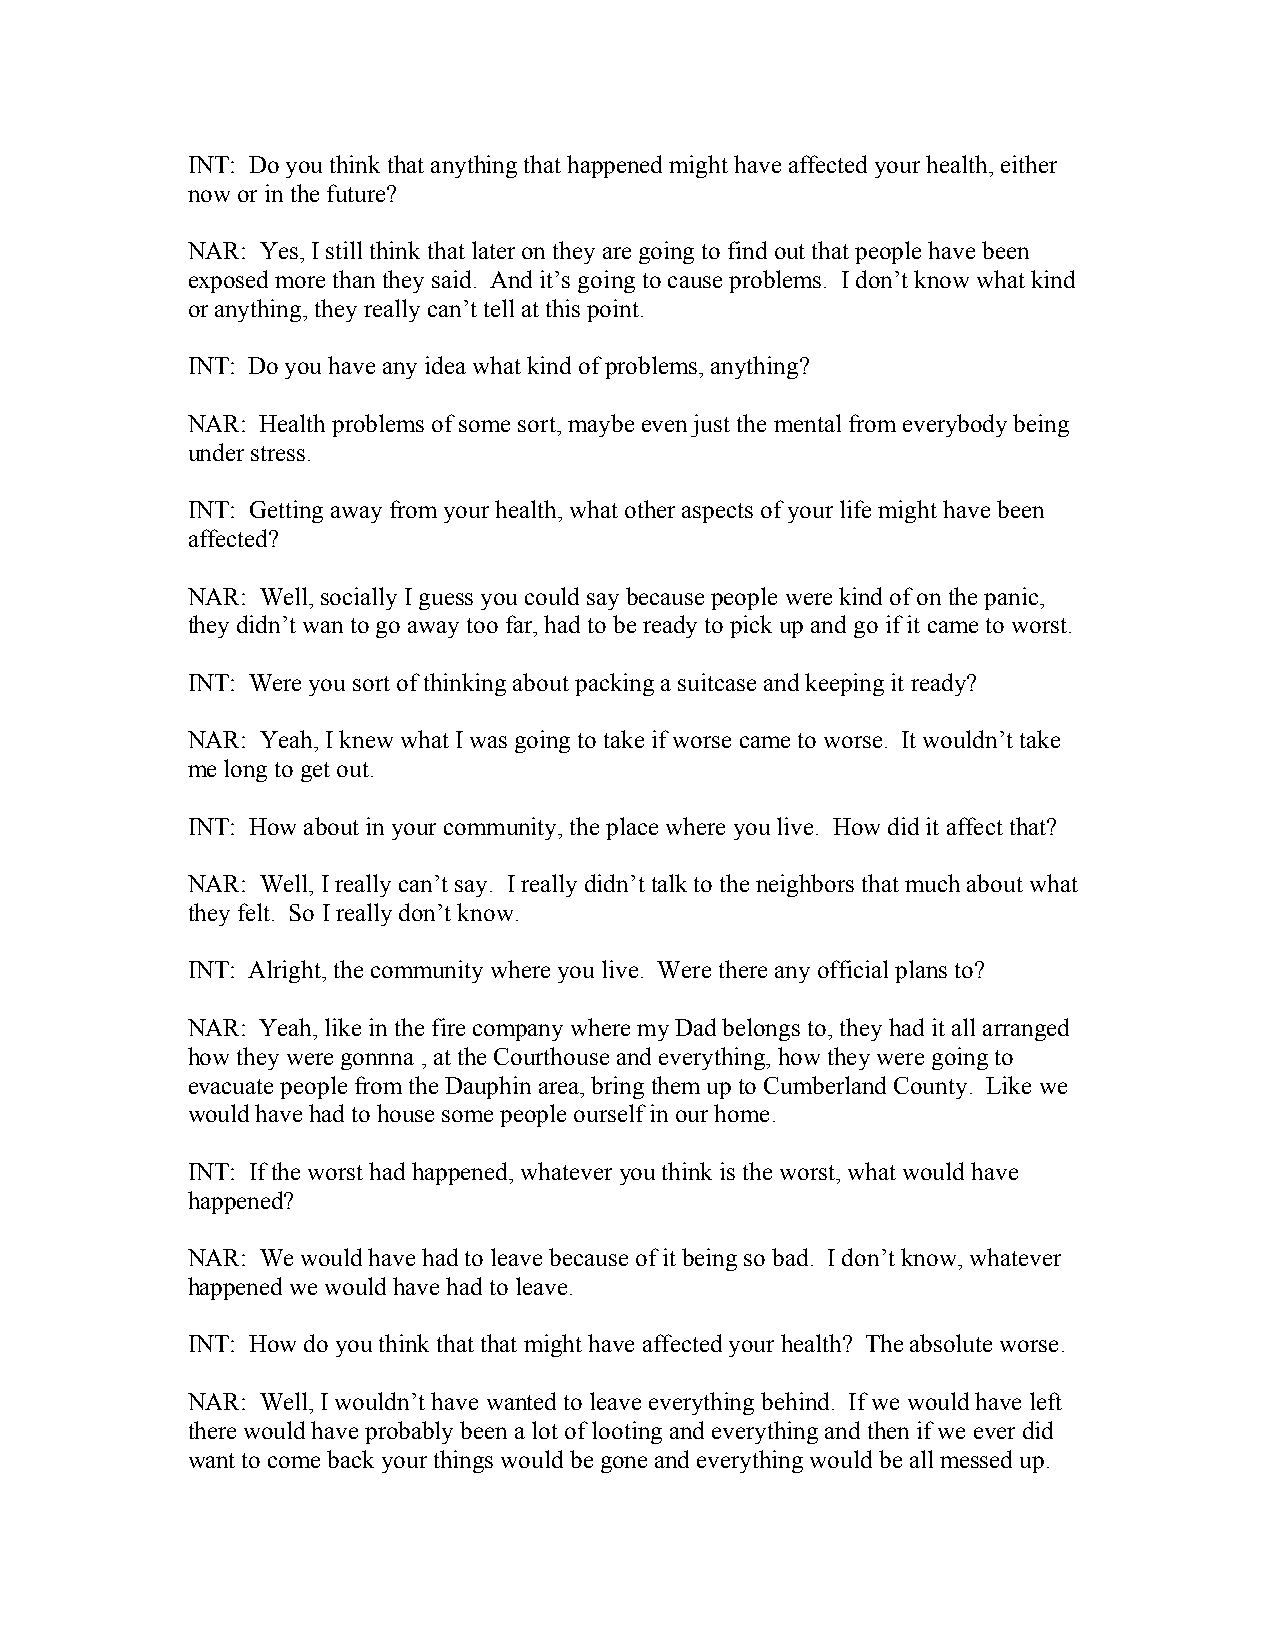
INT: Do you think that anything that happened might have affected your health, either
 now or in the future?
 NAR: Yes, I still think that later on they are going to find out that people have been
 exposed more than they said. And it’s going to cause problems. I don’t know what kind
 or anything, they really can’t tell at this point.
 INT: Do you have any idea what kind of problems, anything?
 NAR: Health problems of some sort, maybe even just the mental from everybody being
 under stress.
 INT: Getting away from your health, what other aspects of your life might have been
 affected?
 NAR: Well, socially I guess you could say because people were kind of on the panic,
 they didn’t wan to go away too far, had to be ready to pick up and go if it came to worst.
 INT: Were you sort of thinking about packing a suitcase and keeping it ready?
 NAR: Yeah, I knew what I was going to take if worse came to worse. It wouldn’t take
 me long to get out.
 INT: How about in your community, the place where you live. How did it affect that?
 NAR: Well, I really can’t say. I really didn’t talk to the neighbors that much about what
 they felt. So I really don’t know.
 INT: Alright, the community where you live. Were there any official plans to?
 NAR: Yeah, like in the fire company where my Dad belongs to, they had it all arranged
 how they were gonnna , at the Courthouse and everything, how they were going to
 evacuate people from the Dauphin area, bring them up to Cumberland County. Like we
 would have had to house some people ourself in our home.
 INT: If the worst had happened, whatever you think is the worst, what would have
 happened?
 NAR: We would have had to leave because of it being so bad. I don’t know, whatever
 happened we would have had to leave.
 INT: How do you think that that might have affected your health? The absolute worse.
 NAR: Well, I wouldn’t have wanted to leave everything behind. If we would have left
 there would have probably been a lot of looting and everything and then if we ever did
 want to come back your things would be gone and everything would be all messed up.